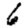
Digit: 6